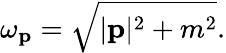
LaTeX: \omega_{\mathbf{p}}={\sqrt{|\mathbf{p}|^{2}+m^{2}}}.